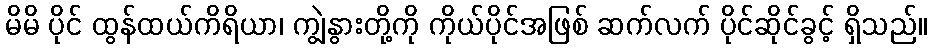
မိမိ ပိုင် ထွန်ထယ်ကိရိယာ၊ ကျွဲနွားတို့ကို ကိုယ်ပိုင်အဖြစ် ဆက်လက် ပိုင်ဆိုင်ခွင့် ရှိသည်။